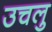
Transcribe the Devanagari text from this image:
उचलु